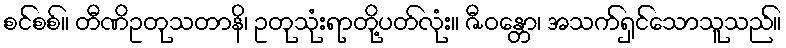
စင်စစ်။ တီဏိဥတုသတာနိ၊ ဥတုသုံးရာတို့ပတ်လုံး။ ဇီဝန္တော၊ အသက်ရှင်သောသူသည်။